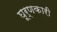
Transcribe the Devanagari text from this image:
घूर्णकारी